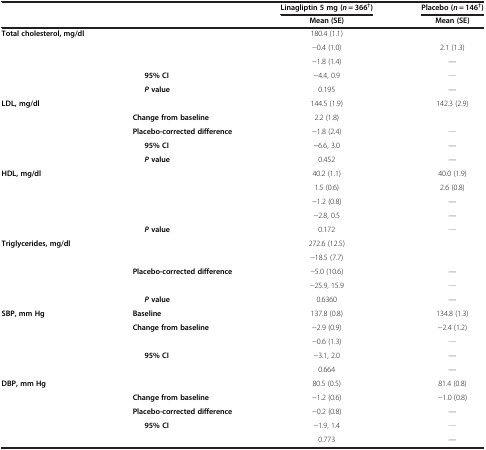
<table><thead><tr><td>[EMPTY_CELL]</td><td>[EMPTY_CELL]</td><td><b>Linagliptin 5 mg (<i>n</i> = 366<sup>†</sup>)</b></td><td><b>Placebo (<i>n</i> = 146<sup>†</sup>)</b></td></tr><tr><td>[EMPTY_CELL]</td><td>[EMPTY_CELL]</td><td><b>Mean (SE)</b></td><td><b>Mean (SE)</b></td></tr></thead><tbody><tr><td><b>Total cholesterol, mg/dl</b></td><td>[EMPTY_CELL]</td><td>180.4 (1.1)</td><td>[EMPTY_CELL]</td></tr><tr><td>[EMPTY_CELL]</td><td>[EMPTY_CELL]</td><td>-0.4 (1.0)</td><td>2.1 (1.3)</td></tr><tr><td>[EMPTY_CELL]</td><td>[EMPTY_CELL]</td><td>-1.8 (1.4)</td><td>—</td></tr><tr><td>[EMPTY_CELL]</td><td><b>95% CI</b></td><td>-4.4, 0.9</td><td>[EMPTY_CELL]</td></tr><tr><td>[EMPTY_CELL]</td><td><b><i>P </i></b><b>value</b></td><td>0.195</td><td>—</td></tr><tr><td><b>LDL, mg/dl</b></td><td>[EMPTY_CELL]</td><td>144.5 (1.9)</td><td>142.3 (2.9)</td></tr><tr><td>[EMPTY_CELL]</td><td><b>Change from baseline</b></td><td>2.2 (1.8)</td><td>[EMPTY_CELL]</td></tr><tr><td>[EMPTY_CELL]</td><td><b>Placebo-corrected difference</b></td><td>-1.8 (2.4)</td><td>[EMPTY_CELL]</td></tr><tr><td>[EMPTY_CELL]</td><td><b>95% CI</b></td><td>-6.6, 3.0</td><td>—</td></tr><tr><td>[EMPTY_CELL]</td><td><b><i>P </i></b><b>value</b></td><td>0.452</td><td>—</td></tr><tr><td><b>HDL, mg/dl</b></td><td>[EMPTY_CELL]</td><td>40.2 (1.1)</td><td>40.0 (1.9)</td></tr><tr><td>[EMPTY_CELL]</td><td>[EMPTY_CELL]</td><td>1.5 (0.6)</td><td>2.6 (0.8)</td></tr><tr><td>[EMPTY_CELL]</td><td>[EMPTY_CELL]</td><td>-1.2 (0.8)</td><td>—</td></tr><tr><td>[EMPTY_CELL]</td><td>[EMPTY_CELL]</td><td>-2.8, 0.5</td><td>—</td></tr><tr><td>[EMPTY_CELL]</td><td><b><i>P </i></b><b>value</b></td><td>0.172</td><td>[EMPTY_CELL]</td></tr><tr><td><b>Triglycerides, mg/dl</b></td><td>[EMPTY_CELL]</td><td>272.6 (12.5)</td><td>[EMPTY_CELL]</td></tr><tr><td>[EMPTY_CELL]</td><td>[EMPTY_CELL]</td><td>-18.5 (7.7)</td><td>[EMPTY_CELL]</td></tr><tr><td>[EMPTY_CELL]</td><td><b>Placebo-corrected difference</b></td><td>-5.0 (10.6)</td><td>—</td></tr><tr><td>[EMPTY_CELL]</td><td>[EMPTY_CELL]</td><td>-25.9, 15.9</td><td>[EMPTY_CELL]</td></tr><tr><td>[EMPTY_CELL]</td><td><b><i>P </i></b><b>value</b></td><td>0.6360</td><td>—</td></tr><tr><td><b>SBP, mm Hg</b></td><td><b>Baseline</b></td><td>137.8 (0.8)</td><td>134.8 (1.3)</td></tr><tr><td>[EMPTY_CELL]</td><td><b>Change from baseline</b></td><td>-2.9 (0.9)</td><td>-2.4 (1.2)</td></tr><tr><td>[EMPTY_CELL]</td><td>[EMPTY_CELL]</td><td>-0.6 (1.3)</td><td>[EMPTY_CELL]</td></tr><tr><td>[EMPTY_CELL]</td><td><b>95% CI</b></td><td>-3.1, 2.0</td><td>—</td></tr><tr><td>[EMPTY_CELL]</td><td>[EMPTY_CELL]</td><td>0.664</td><td>—</td></tr><tr><td><b>DBP, mm Hg</b></td><td>[EMPTY_CELL]</td><td>80.5 (0.5)</td><td>81.4 (0.8)</td></tr><tr><td>[EMPTY_CELL]</td><td><b>Change from baseline</b></td><td>-1.2 (0.6)</td><td>-1.0 (0.8)</td></tr><tr><td>[EMPTY_CELL]</td><td><b>Placebo-corrected difference</b></td><td>-0.2 (0.8)</td><td>—</td></tr><tr><td>[EMPTY_CELL]</td><td><b>95% CI</b></td><td>-1.9, 1.4</td><td>[EMPTY_CELL]</td></tr><tr><td>[EMPTY_CELL]</td><td>[EMPTY_CELL]</td><td>0.773</td><td>—</td></tr></tbody></table>